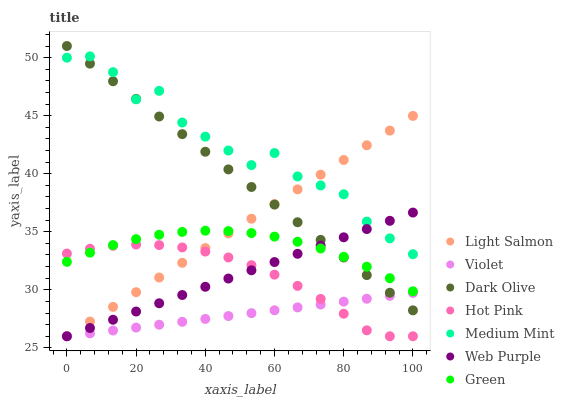
| xaxis_label | Light Salmon | Violet | Dark Olive | Hot Pink | Medium Mint | Web Purple | Green |
 | --- | --- | --- | --- | --- | --- | --- | --- |
 | 0 | 26 | 26 | 51 | 33.1 | 50 | 26 | 32.4 |
 | 6.67 | 27.3 | 26.2 | 49.5 | 33.5 | 50.1 | 26.7 | 33.2 |
 | 13.3 | 28.5 | 26.5 | 48 | 33.8 | 48.7 | 27.4 | 33.9 |
 | 20 | 29.8 | 26.7 | 46.4 | 33.9 | 46.4 | 28.1 | 34.4 |
 | 26.7 | 31.1 | 27 | 44.9 | 33.9 | 47.1 | 28.8 | 34.7 |
 | 33.3 | 32.3 | 27.2 | 43.4 | 33.6 | 44.4 | 29.6 | 35 |
 | 40 | 33.6 | 27.5 | 41.9 | 33.3 | 43.2 | 30.3 | 35.1 |
 | 46.7 | 34.9 | 27.7 | 40.4 | 32.8 | 42 | 31 | 35.1 |
 | 53.3 | 36.1 | 28 | 38.9 | 32.1 | 40.7 | 31.7 | 34.9 |
 | 60 | 37.4 | 28.2 | 37.3 | 31.3 | 41.8 | 32.4 | 34.6 |
 | 66.7 | 38.7 | 28.5 | 35.8 | 30.3 | 39.8 | 33.1 | 34.1 |
 | 73.3 | 39.9 | 28.7 | 34.3 | 29.2 | 39 | 33.8 | 33.6 |
 | 80 | 41.2 | 29 | 32.8 | 27.9 | 38.2 | 34.5 | 32.8 |
 | 86.7 | 42.4 | 29.2 | 31.3 | 26.5 | 35.9 | 35.2 | 32 |
 | 93.3 | 43.7 | 29.5 | 29.7 | 26 | 34.4 | 35.9 | 31 |
 | 100 | 45 | 29.7 | 28.2 | 26 | 33.1 | 36.7 | 29.9 |